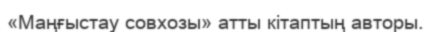
«Маңғыстау совхозы» атты кітаптың авторы.